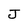
Character: J